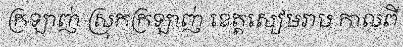
ក្រឡាញ់ ស្រុកក្រឡាញ់ ខេត្តសៀមរាប កាលពី